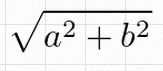
\sqrt{a^2+b^2}